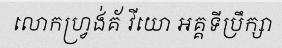
លោកហ្វ្រង់គ័ វីយោ អគ្គទីប្រឹក្សា